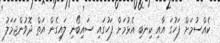
ކެއްސުމަށް ފަހުގަ އާއި ކިނބި އެޅުމަށް ފަހުގައި ސައިބޯނި ލައިގެން އަތް ދޮވުންޖަމަލު